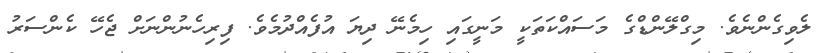
ލެވިގެންނެވެ. މިގްލޭންޑްގެ މަސައްކަތަކީ މަނީގައި ހިމެނޭ ދިޔަ އުފެއްދުމެވެ. ފިރިހެނުންނަށް ޖެހޭ ކެންސަރު